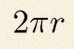
2\pi r